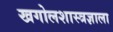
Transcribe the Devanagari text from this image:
खगोलशास्त्रज्ञाला